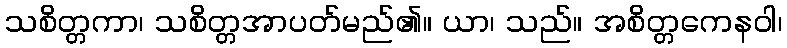
သစိတ္တကာ၊ သစိတ္တအာပတ်မည်၏။ ယာ၊ သည်။ အစိတ္တကေနဝါ၊